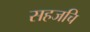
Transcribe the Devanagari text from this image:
सहजचि